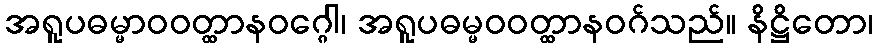
အရူပဓမ္မာဝဝတ္ထာနဝဂ္ဂေါ၊ အရူပဓမ္မဝဝတ္ထာနဝဂ်သည်။ နိဋ္ဌိတော၊